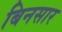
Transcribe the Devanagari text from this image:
बिनसार